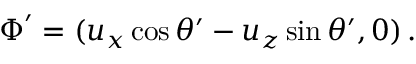
\boldsymbol \Phi ^ { \prime } = ( u _ { x } \cos \theta ^ { \prime } - u _ { z } \sin \theta ^ { \prime } , 0 ) \, .